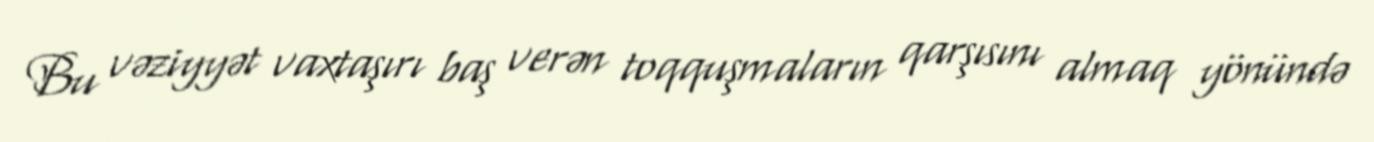
Bu vəziyyət vaxtaşırı baş verən toqquşmaların qarşısını almaq yönündə